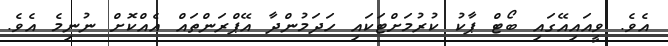
އެވެ. ވީއައިއޭގައި ބޯޓް ޕާކު ކުރުމަށްޓަކައި ހަދަމުންދާ އޭޕްރަންތައް އެއްކޮށް ނުނިމެ އެވެ.